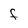
Character: F